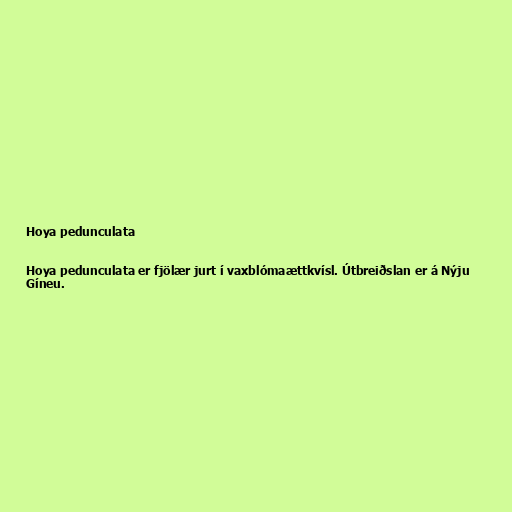
Hoya pedunculata

Hoya pedunculata er fjölær jurt í vaxblómaættkvísl. Útbreiðslan er á Nýju
Gíneu.